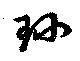
珎